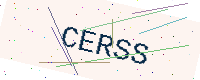
Text: CERSS